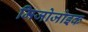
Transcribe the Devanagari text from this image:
मिजोजोइक